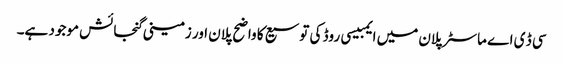
سی ڈ ی اے ماسٹر پلان میں ایمبیسی روڈ کی توسیع کا واضح پلان اور زمینی گنجائش موجود ہے۔